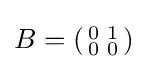
B=\left({\begin{smallmatrix}0&1\\0&0\end{smallmatrix}}\right)